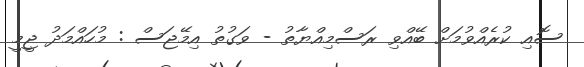
ސޮއި ކުރެއްވުމަށް ބޭއްވި ރަސްމިއްޔާތު - ވަގުތު އިމޭޖަސް : މުހައްމަދު ޖީމީ